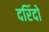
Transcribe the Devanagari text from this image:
दरिंदो